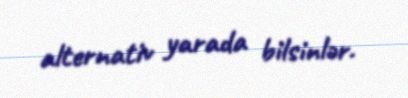
alternativ yarada bilsinlər.